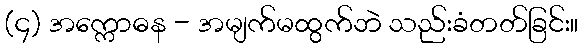
(၄) အက္ကောဓန - အမျက်မထွက်ဘဲ သည်းခံတတ်ခြင်း။